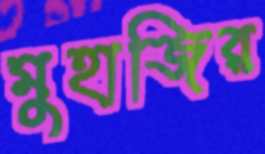
মুহাজির